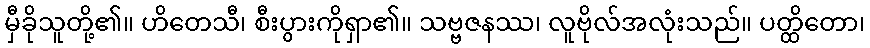
မှီခိုသူတို့၏။ ဟိတေသီ၊ စီးပွားကိုရှာ၏။ သဗ္ဗဇနဿ၊ လူဗိုလ်အလုံးသည်။ ပတ္ထိတော၊